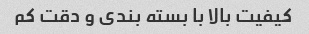
کیفیت بالا با بسته بندی و دقت کم